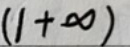
$(1+\infty)$